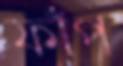
ফাঁপ